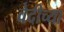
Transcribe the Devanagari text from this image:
वेदीच्या